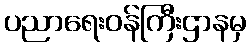
ပညာရေးဝန်ကြီးဌာနမှ